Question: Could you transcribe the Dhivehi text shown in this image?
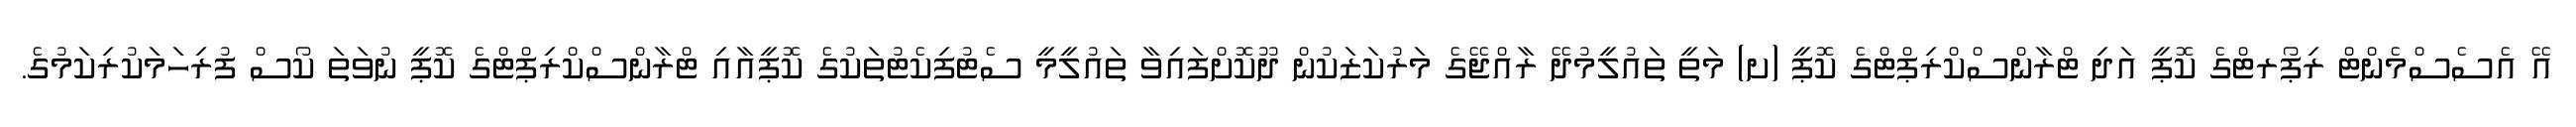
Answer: އޭ އެސެސްމެންޓް ރިޕޯރޓްގެ ކޮޕީ އަދި ޓްރާންސްކްރިޕްޓްގެ ކޮޕީ (ށ) މަތީ ތައުލީމުދޭ ރާއްޖޭގެ މަރުކަޒަކުން ދޫކޮށްފައިވާ ތައުލީމީ ސެޓުފިކެޓުތަކުގެ ކޮޕީއާއި ޓްރާންސްކްރިޕްޓްގެ ކޮޕީ ނުވަތަ ކޯސް ފުރިހަމަކުރިކަމުގެ.